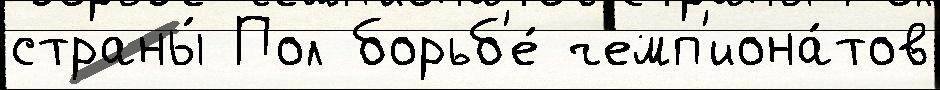
страны́ Пол борьб'е́ чемп'иона́тов